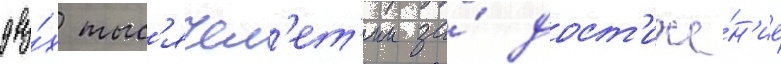
дву́х тыс'ячел'ет'ии за́ дост'иже́н'ие